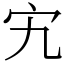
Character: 宄